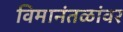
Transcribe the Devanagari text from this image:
विमानंतळांवर